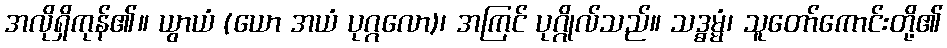
အလိုရှိကုန်၏။ ယွာယံ (ယော အယံ ပုဂ္ဂလော)၊ အကြင် ပုဂ္ဂိုလ်သည်။ သဒ္ဓမ္မံ၊ သူတော်ကောင်းတို့၏